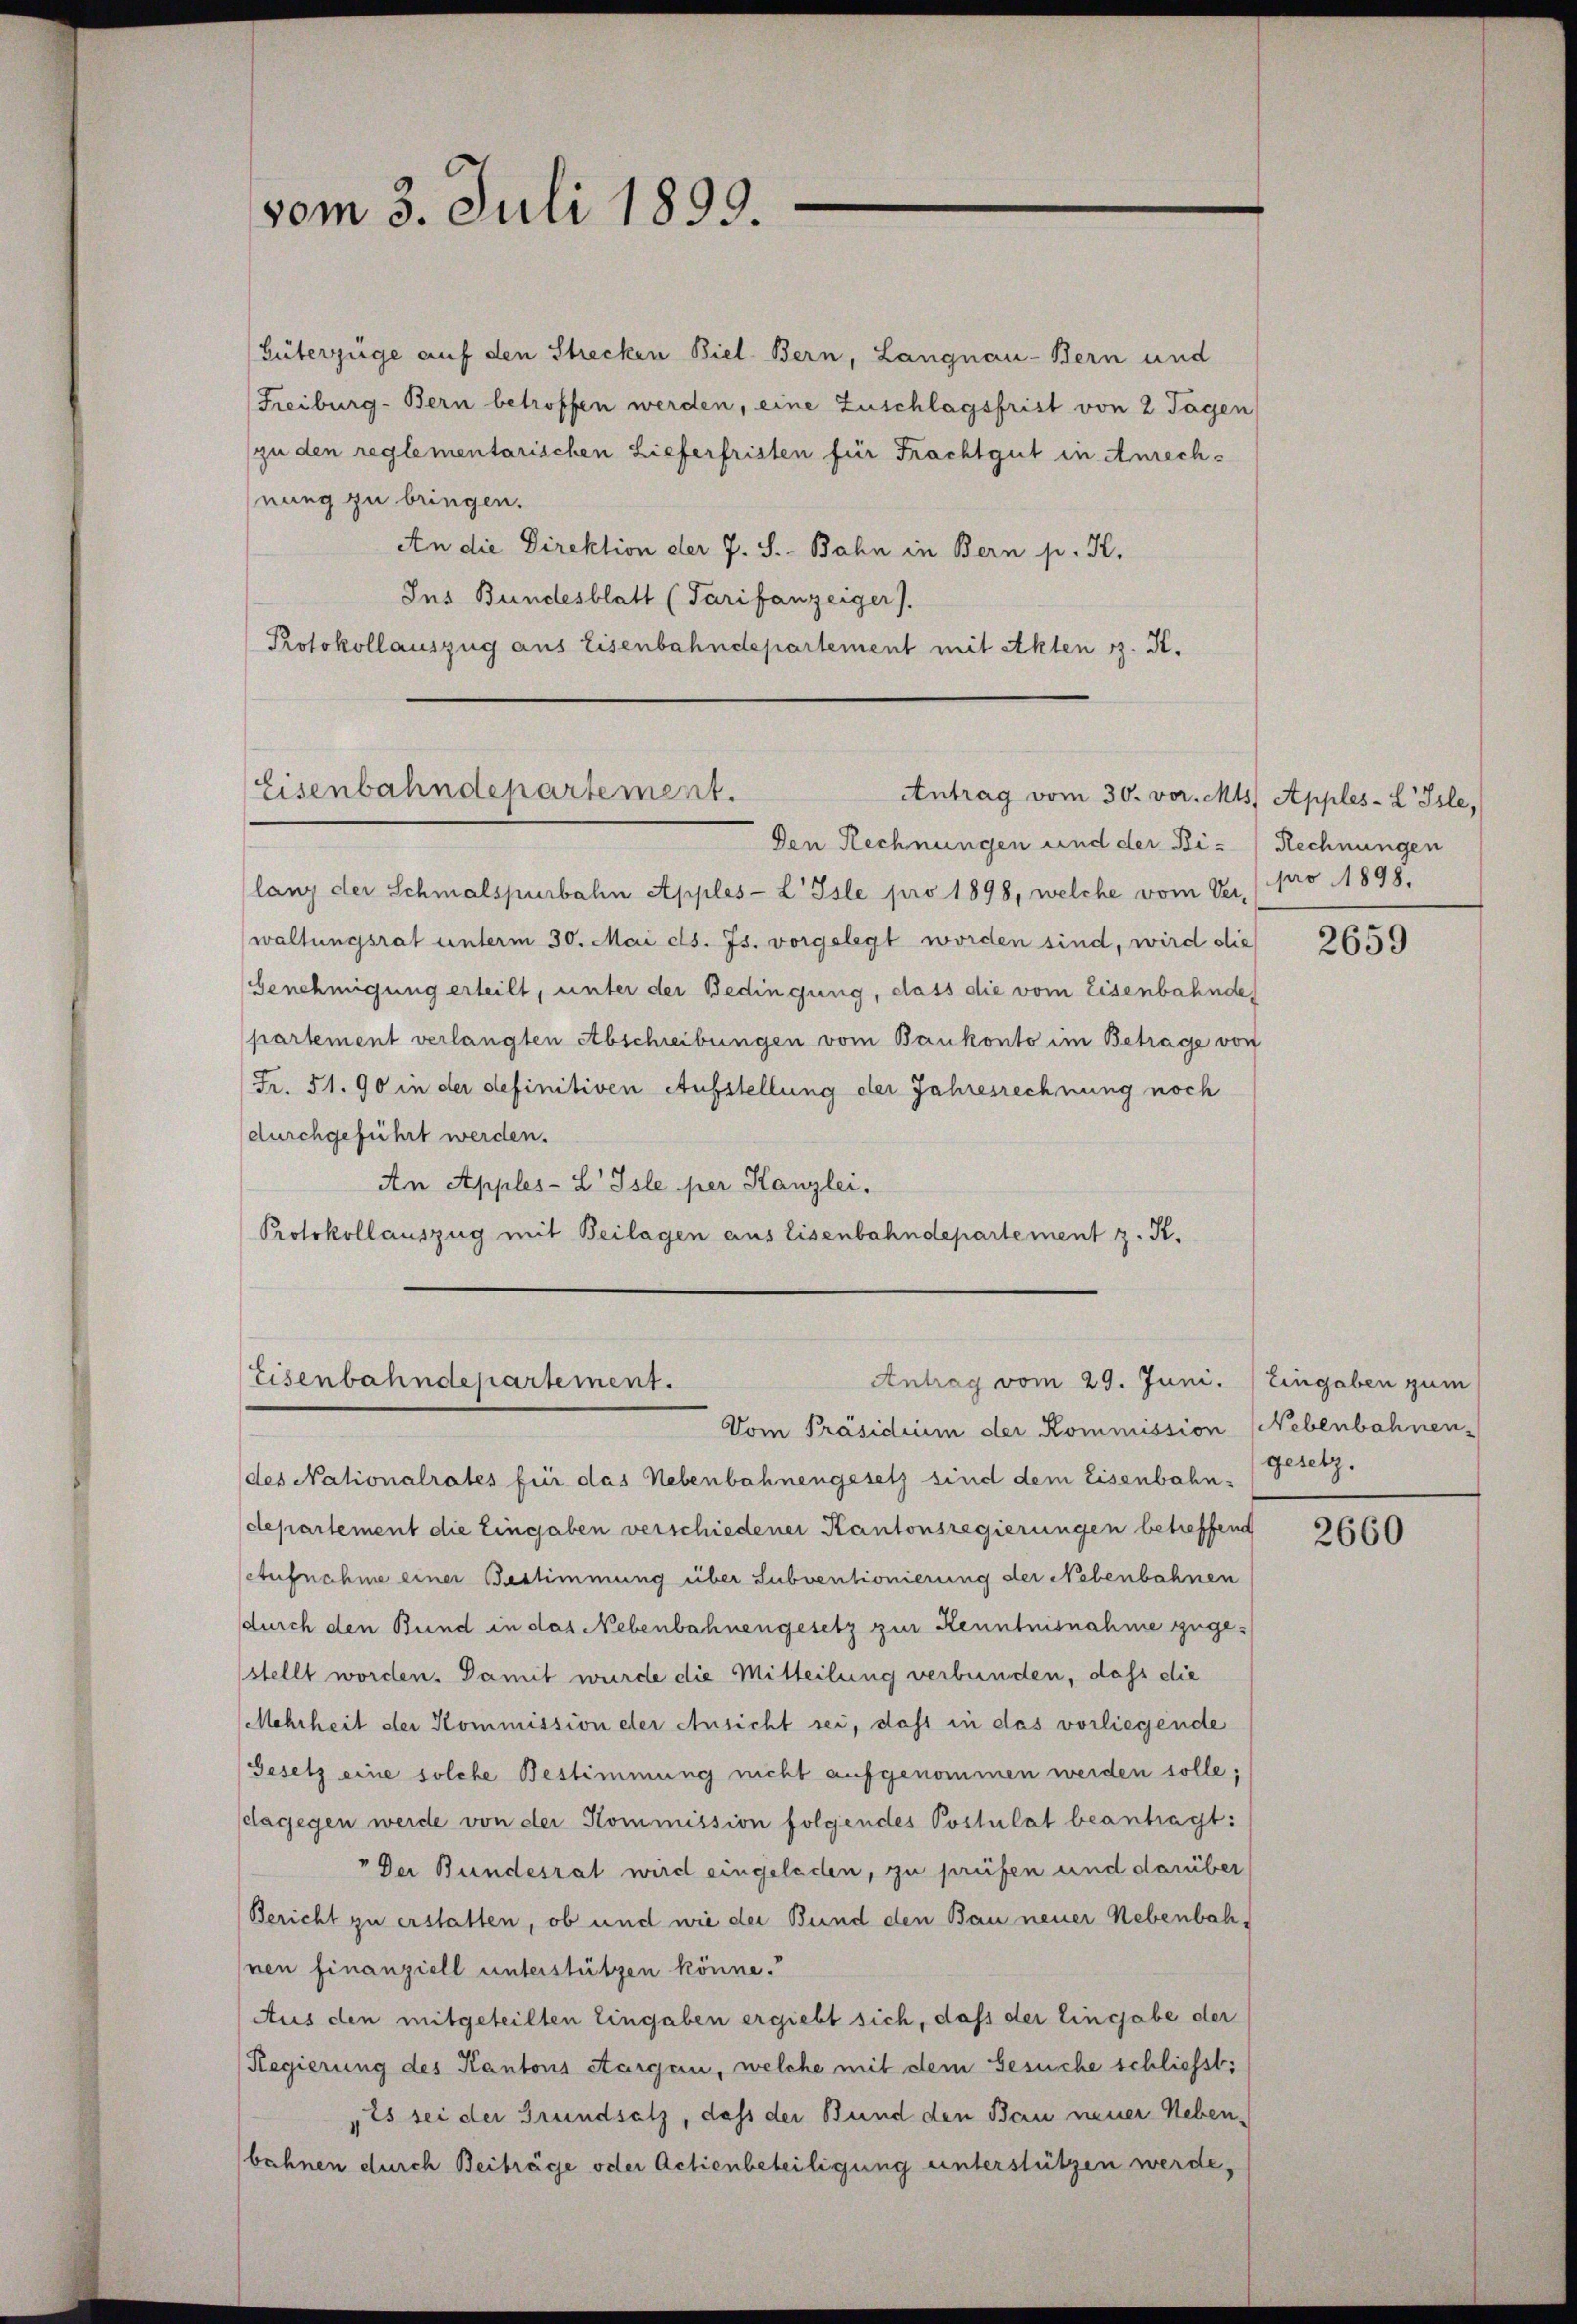
vom 3. Juli 1899.

Güterzüge auf den Strecken Biel Bern, Langnau-Bern und
Freiburg-Bern betroffen werden, eine Zuschlagsfrist von 2 Tagen
(zu den reglementarischen Lieferfristen für Frachtgut in Anrechnung zu bringen.
An die Direktion der J. S. Bahn in Bern p. K.
Ins Bundesblatt (Tarifanzeiger).
Protokollauszug aus Eisenbahndepartement mit Akten z. K.

lang der Schmalspurbahn Apples-L Isle pro 1898, welche vom Ver-
waltungsrat unterm 30. Mai d. Js. vorgelegt worden sind, wird die
Genehmigung erteilt, unter der Bedingung, dass die vom Eisenbahnde
partement verlangten Abschreibungen vom Bankonto im Betrage von
Fr. 51. 90 in der definitiven Aufstellung der Jahresrechnung noch
durchgeführt werden.
An Apples-L Isle per Kanzlei,
Protokollauszug mit Beilagen aus Eisenbahndepartement z. K.
Vom Präsidium der Kommission Nebenbahnen-
des Nationalrates für das Nebenbahnengesetz sind dem Eisenbahn-
departement die Eingaben verschiedener Kantonsregierungen betreffend
Aufnahme einer Bestimmung über Subventionierung der Nebenbahnen
durch den Bund in das Nebenbahnengesetz zur Kenntnisnahme zugestellt worden. Damit wurde die Mitteilung verbunden, daß die
Mehrheit der Kommission der Ansicht sei, dass in das vorliegende
Gesetz eine solche Bestimmung nicht aufgenommen werden solle;
dagegen werde von der Kommission folgendes Postulat beantragt:
" Der Bundesrat wird eingeladen, zu prüfen und darüber
Bericht zu erstatten, ob und wie der Bund den Bau neuer Nebenbahnen finanziell unterstützen könne.
Aus den mitgeteilten Eingaben ergiebt sich, daß der Eingabe der
Regierung des Kantons Aargau, welche mit dem Gesuche schliesst:
„25 sei der Grundsatz, dass der Bund den Bau neuer Nebenbahnen durch Beiträge oder Actienbeteiligung unterstützen werde,

Eisenbahndepartement.
Antrag vom 30. vor. Mts. Apples-L Isle,

Den Rechnungen und der Bi- (Rechnungen

Antrag vom 29. Juni.
Eisenbahndepartement.

pro 1898.

2659

Eingaben zum
gesetz.

2660